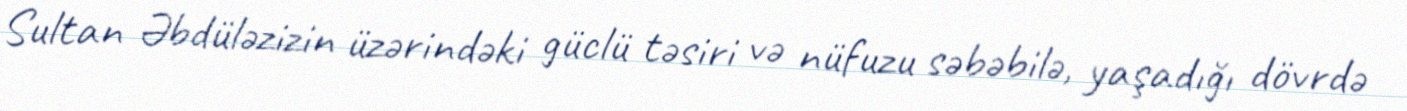
Sultan Əbdüləzizin üzərindəki güclü təsiri və nüfuzu səbəbilə, yaşadığı dövrdə